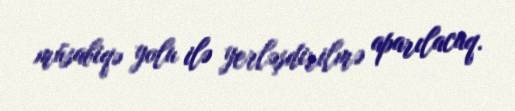
müsabiqə yolu ilə yerləşdirilmə aparılacaq.